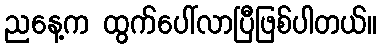
ညနေ့က ထွက်ပေါ်လာပြီဖြစ်ပါတယ်။